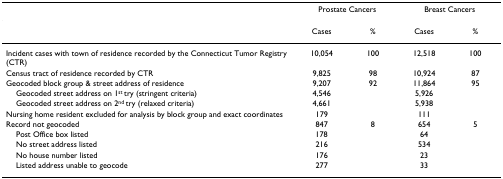
|  | <COLSPAN=2> Prostate Cancers | <COLSPAN=2> Breast Cancers |
 | --- | --- | --- | --- | --- |
 |  | Cases | % | Cases | % |
 | Incident cases with town of residence recorded by the Connecticut Tumor Registry (CTR) | 10,054 | 100 | 12,518 | 100 |
 | Census tract of residence recorded by CTR | 9,825 | 98 | 10,924 | 87 |
 | Geocoded block group & street address of residence | 9,207 | 92 | 11,864 | 95 |
 | Geocoded street address on 1st try (stringent criteria) | 4,546 |  | 5,926 |  |
 | Geocoded street address on 2nd try (relaxed criteria) | 4,661 |  | 5,938 |  |
 | Nursing home resident excluded for analysis by block group and exact coordinates | 179 |  | 111 |  |
 | Record not geocoded | 847 | 8 | 654 | 5 |
 | Post Office box listed | 178 |  | 64 |  |
 | No street address listed | 216 |  | 534 |  |
 | No house number listed | 176 |  | 23 |  |
 | Listed address unable to geocode | 277 |  | 33 |  |